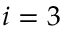
i = 3